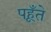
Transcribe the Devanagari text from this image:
पहूँते